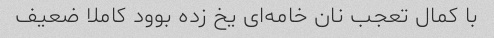
با کمال تعجب نان خامه‌ای یخ زده بوود کاملا ضعیف